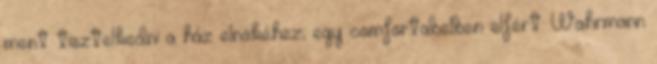
ment tisztelkedni a ház elnökéhez, egy comfortabelben elfért. Wahrmann